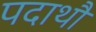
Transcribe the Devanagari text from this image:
पदाथौ